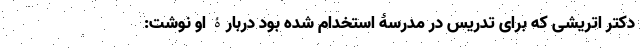
دکتر اتریشی که برای تدریس در مدرسۀ استخدام شده بود دربارۀ او نوشت: